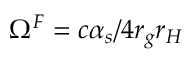
\Omega ^ { F } = c \alpha _ { s } / 4 r _ { g } r _ { H }